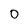
Character: O